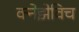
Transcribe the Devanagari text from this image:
क्नेझेविच